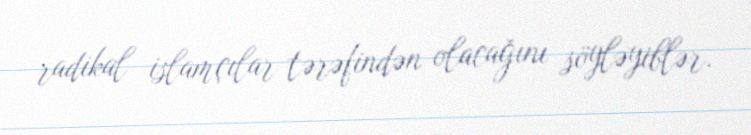
radikal islamçılar tərəfindən olacağını söyləyiblər.